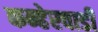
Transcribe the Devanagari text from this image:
कन्हेरवाडी